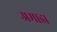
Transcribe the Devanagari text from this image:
अमाडा